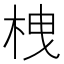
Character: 栧